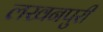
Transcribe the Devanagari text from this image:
लखनपुरी